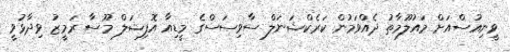
ވީނިއުސްއަށް މައުލޫމާތު ދެއްވަމުން ކަރެކްޝަނަލް ސާވިސަސްގެ މީޑިއާ އޮފިޝަލް މޫސާ ރަމީޒު ވިދާޅުވީ